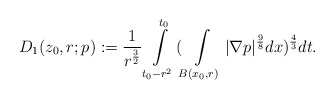
\begin{align*}D_{1}(z_{0},r;p):=\frac{1}{r^{\frac{3}{2}}}\int\limits_{t_0-r^2}^{t_0}(\int\limits_{B(x_{0},r)}|\nabla p|^{\frac{9}{8}}dx)^{\frac{4}{3}} dt.\end{align*}